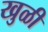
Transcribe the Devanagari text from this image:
खुळी